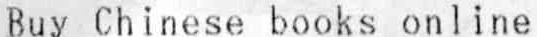
BUY CHINESE BOOKS ONLINE